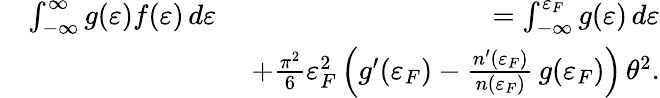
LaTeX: \begin{array}{rlr}&{\int_{-\infty}^{\infty}g(\varepsilon)f(\varepsilon)\, d\varepsilon~}&{=\int_{-\infty}^{\varepsilon_{F}}g(\varepsilon)\, d\varepsilon}\\ &{}&{+\frac{\pi^{2}}{6}\varepsilon_{F}^{2}\left(g^{\prime}(\varepsilon_{F})-\frac{n^{\prime}(\varepsilon_{F})}{n(\varepsilon_{F})}\, g(\varepsilon_{F})\right)\, \theta^{2}.}\end{array}